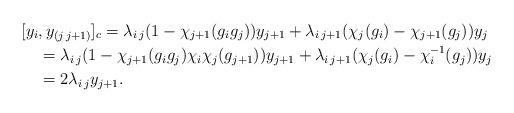
LaTeX: \begin{align*}[y_i&, y_{(j\,j+1)}]_c = \lambda_{i\,j}(1-\chi_{j+1}(g_ig_j))y_{j+1}+\lambda_{i\,j+1}(\chi_{j}(g_i)-\chi_{j+1}(g_j))y_j \\&= \lambda_{i\,j}(1-\chi_{j+1}(g_ig_j)\chi_i\chi_j(g_{j+1}))y_{j+1}+\lambda_{i\,j+1}(\chi_{j}(g_i)-\chi_i^{-1}(g_j))y_j \\&= 2\lambda_{i\,j}y_{j+1}.\end{align*}